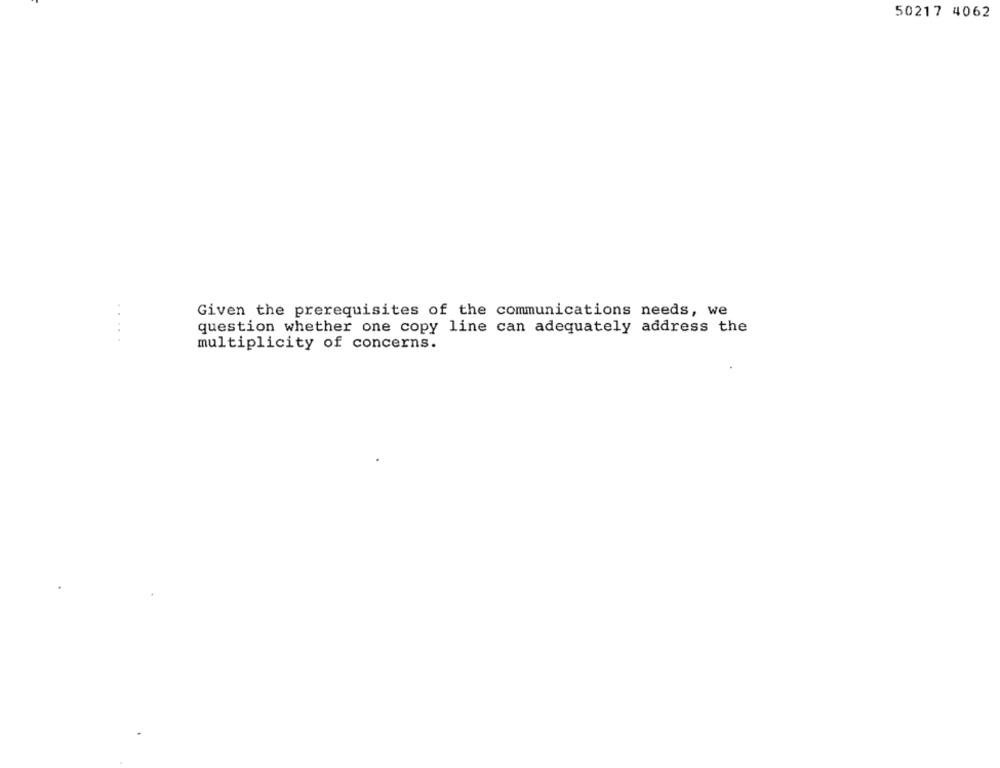
50217 4062
Given the prerequisites of the communications needs, we
question whether one copy line can adequately address the
multiplicity of concerns.